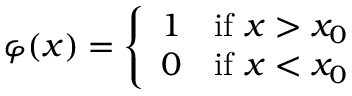
\varphi ( x ) = { \left\{ \begin{array} { l l } { 1 } & { { \mathrm { i f ~ } } x > x _ { 0 } } \\ { 0 } & { { \mathrm { i f ~ } } x < x _ { 0 } } \end{array} \right. }